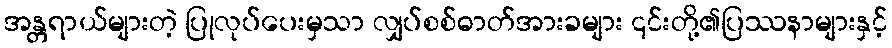
အန္တရာယ်များတဲ့ ပြုလုပ်ပေးမှသာ လျှပ်စစ်ဓာတ်အားခများ ၎င်းတို့၏ပြဿနာများနှင့်